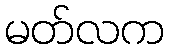
မတ်လက